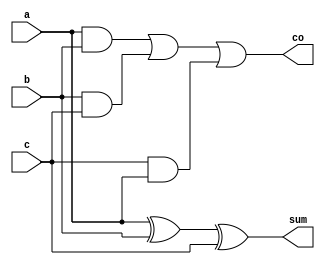
module halfadder(sum,co,a,b,c);
  input a,b,c;
  output sum,co;
  assign sum=a^b^c;
  assign co=(a&b)|(b&c)|(c&a);
endmodule

module ha_tb;
  reg a,b,c;
  wire sum,co;
  halfadder h1(sum,co,a,b,c);
  initial
    begin
      a=0;b=0;c=0;
      #5 a=0;b=1;c=1;
      #5 a=1;b=0;c=0;
      #5 a=1;b=1;c=1;
    end
  initial
    begin
      $monitor("a=%d,b=%d,cin=%d,sum=%d,carry=%d",a,b,c,sum,co);
      $dumpfile("adder.vcd");
      $dumpvars;
      #20 $finish;
    end
endmodule